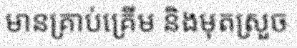
មានគ្រាប់គ្រើម និងមុតស្រួច